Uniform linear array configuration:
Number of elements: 64
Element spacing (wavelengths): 1
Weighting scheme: kaiser
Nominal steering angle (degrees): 45
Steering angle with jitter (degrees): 46.899
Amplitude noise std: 0.05
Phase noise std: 0.05

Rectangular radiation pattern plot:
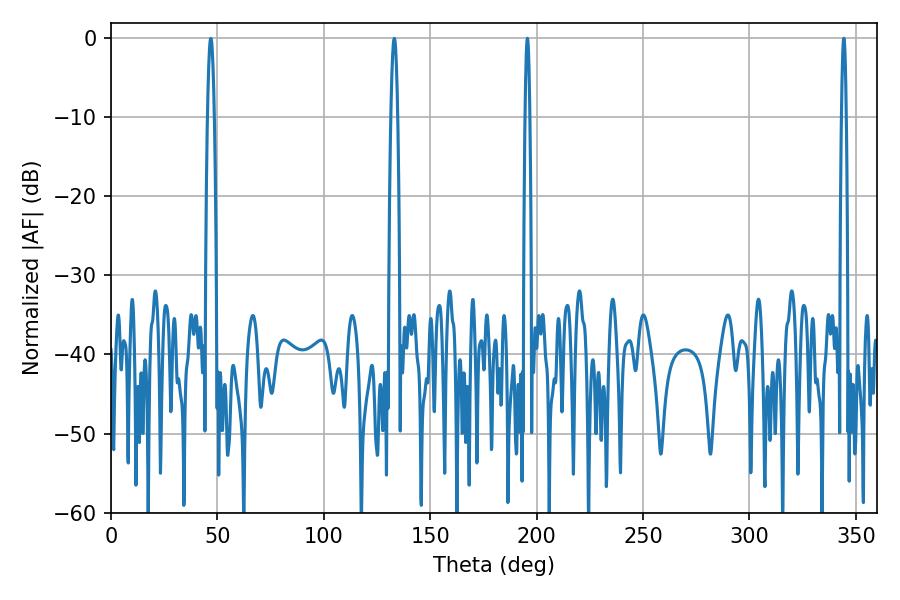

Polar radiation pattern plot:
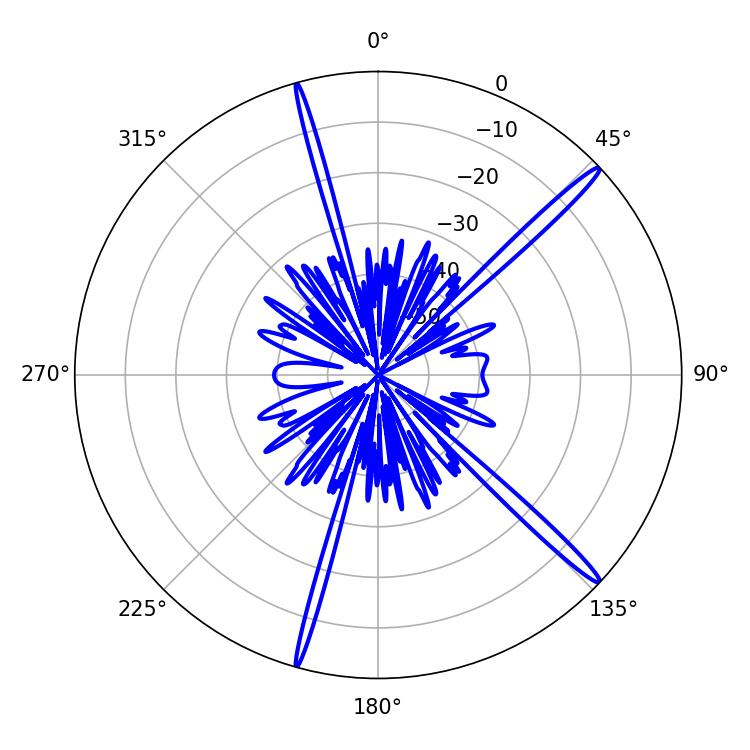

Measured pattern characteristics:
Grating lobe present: TRUE
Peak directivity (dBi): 17.393
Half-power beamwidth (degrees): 1.08
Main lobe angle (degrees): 195.66